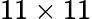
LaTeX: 11\times 11